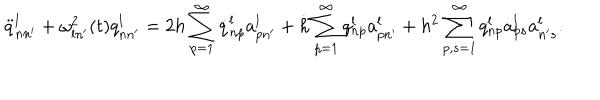
\ddot { q } _ { n n ^ { \prime } } ^ { l } + \omega _ { l n ^ { \prime } } ^ { 2 } ( t ) q _ { n n ^ { \prime } } ^ { l } = 2 h \sum _ { p = 1 } ^ { \infty } \dot { q } _ { n p } ^ { l } a _ { p n ^ { \prime } } ^ { l } + \dot { h } \sum _ { p = 1 } ^ { \infty } q _ { n p } ^ { l } a _ { p n ^ { \prime } } ^ { l } + h ^ { 2 } \sum _ { p , s = 1 } ^ { \infty } q _ { n p } ^ { l } a _ { p s } ^ { l } a _ { n ^ { \prime } s } ^ { l } .